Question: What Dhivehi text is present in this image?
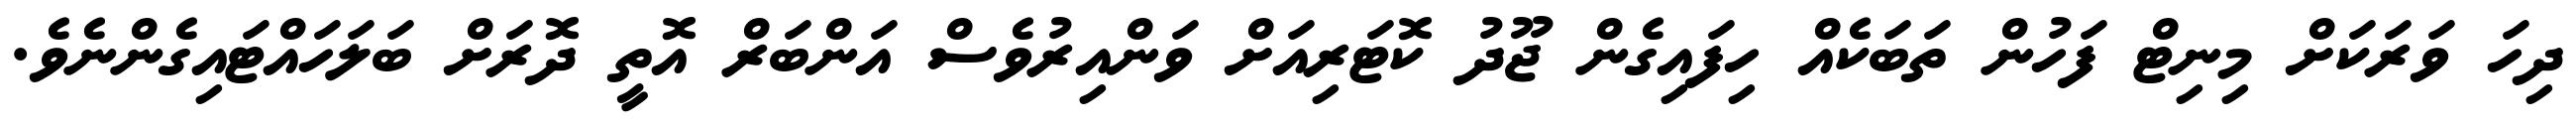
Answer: ދިހަ ވަރަކަށް މިނިޓް ފަހުން ތަބަކެއް ހިފައިގެން ޖޫދު ކޮޓަރިއަށް ވަންއިރުވެސް އަންބަރް އޮތީ ދޮރަށް ބަލަހައްޓައިގެންނެވެ.